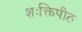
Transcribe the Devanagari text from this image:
शःक्तिपीठ